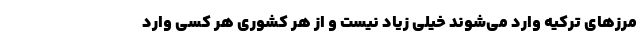
مرز‌های ترکیه وارد می‌شوند خیلی زیاد نیست و از هر کشوری هر کسی وارد